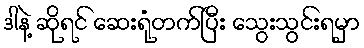
ဒါနဲ့ ဆိုရင် ဆေးရုံတက်ပြီး သွေးသွင်းရမှာ